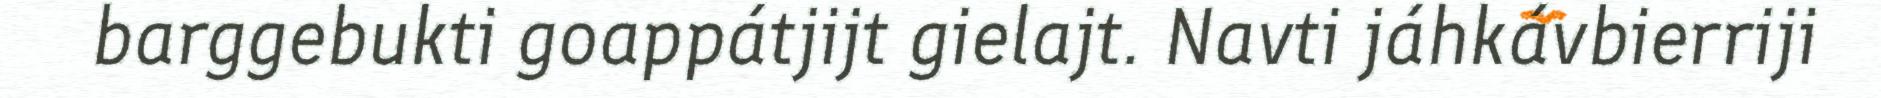
barggebukti goappátjijt gielajt. Navti jáhkávbierriji